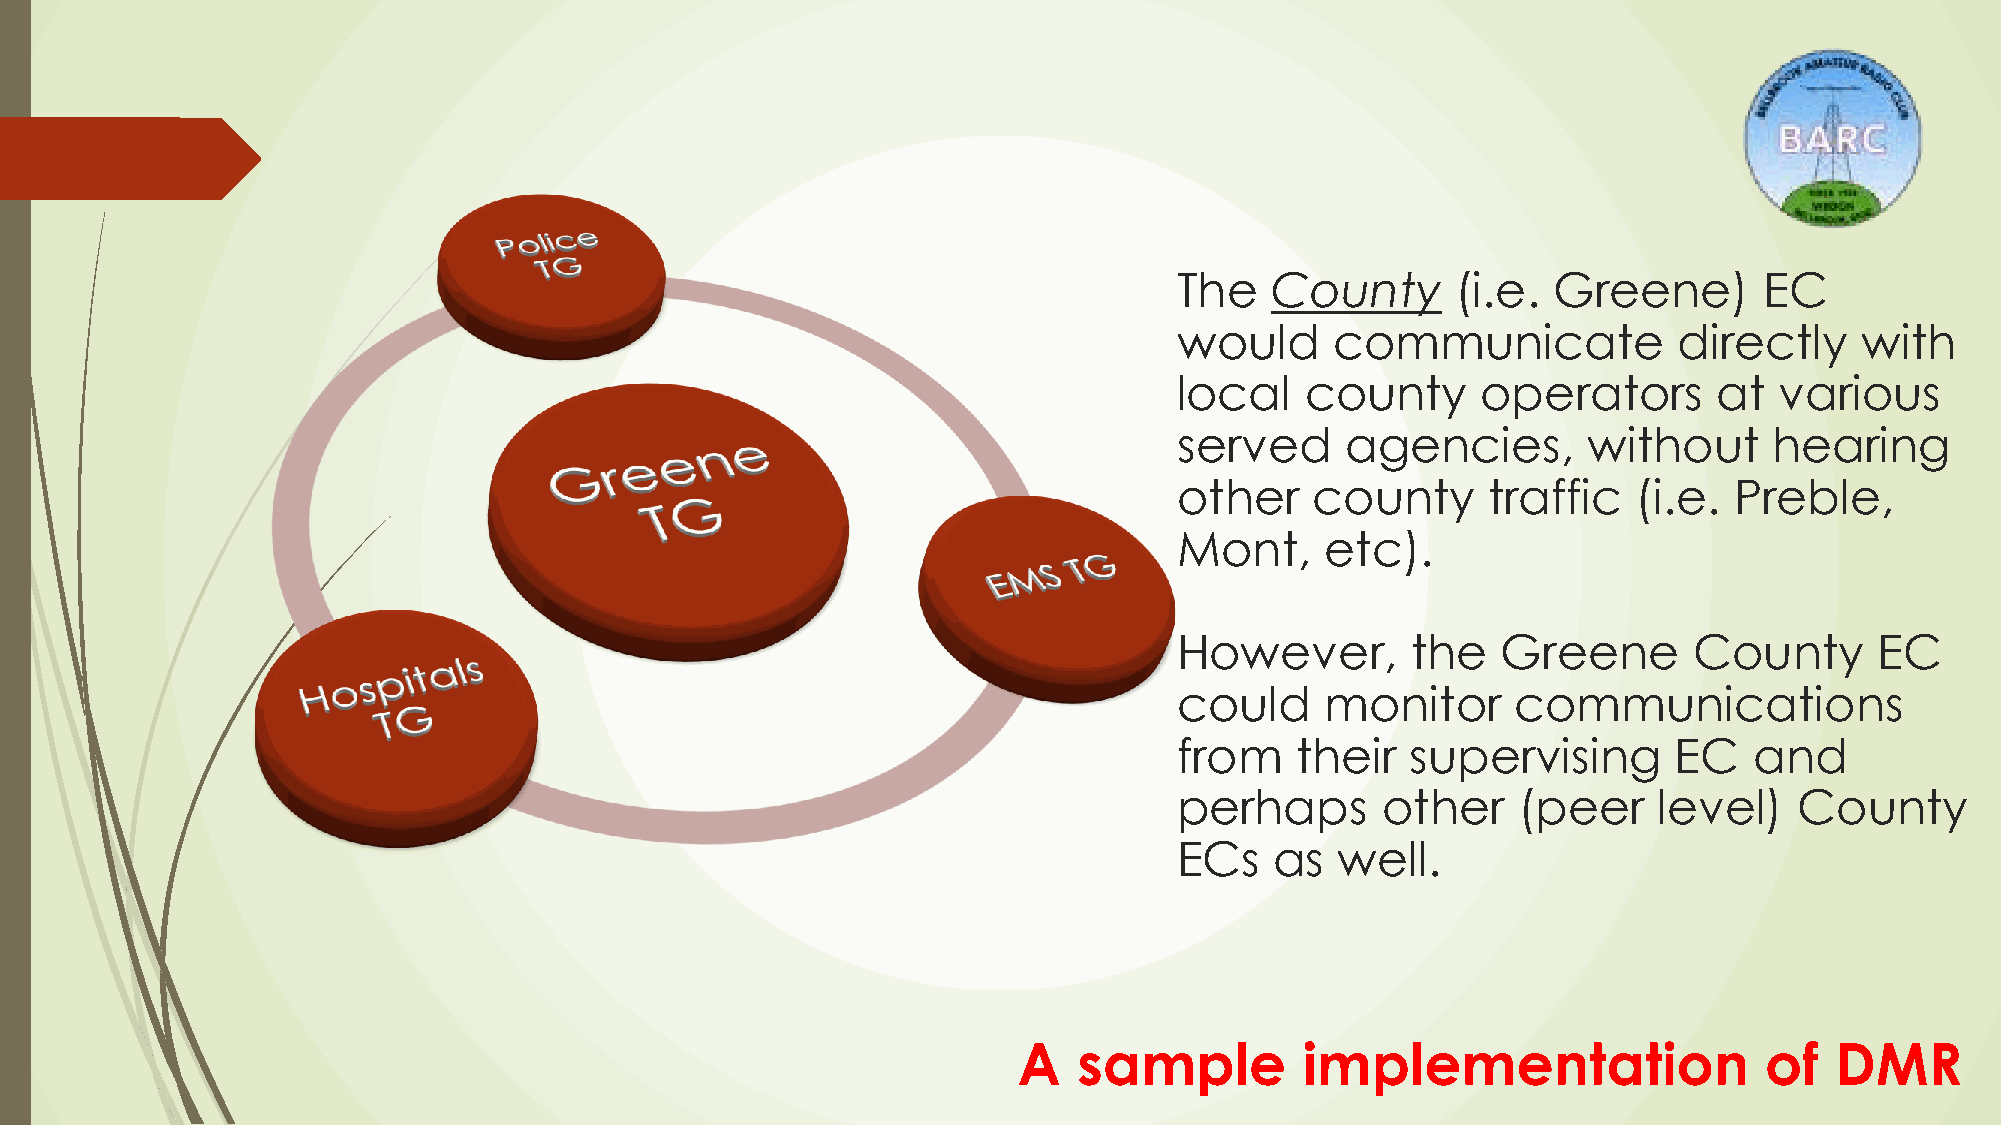
The   County      (i.e.  Greene)       EC
 would     communicate            directly    with
 local   county      operators       at  various
 served     agencies,       without     hearing
 other    county     traffic   (i.e.  Preble,
 Mont,     etc).
 However,       the   Greene       County      EC
 could     monitor     communications
 from    their  supervising       EC   and
 perhaps      other    (peer     level)   County
 ECs   as   well.
 A   sample         implementation                 of  DMR